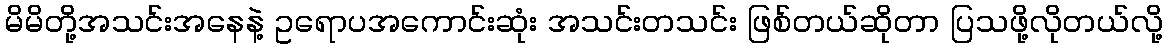
မိမိတို့အသင်းအနေနဲ့ ဥရောပအကောင်းဆုံး အသင်းတသင်း ဖြစ်တယ်ဆိုတာ ပြသဖို့လိုတယ်လို့